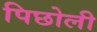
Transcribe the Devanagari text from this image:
पिछोली